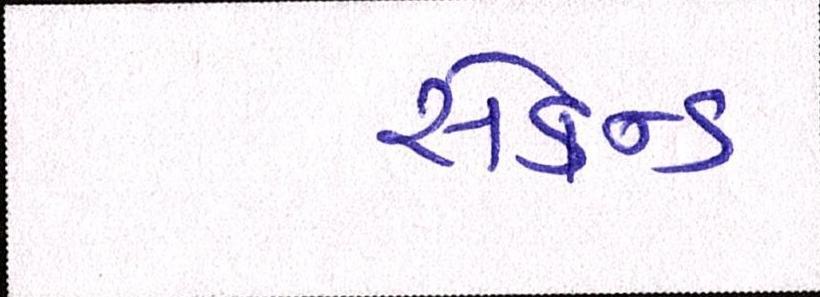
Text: સેકન્ડ